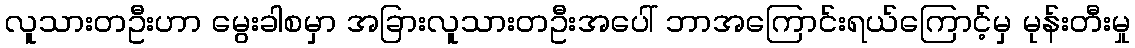
လူသားတဦးဟာ မွေးခါစမှာ အခြားလူသားတဦးအပေါ် ဘာအကြောင်းရယ်ကြောင့်မှ မုန်းတီးမှု